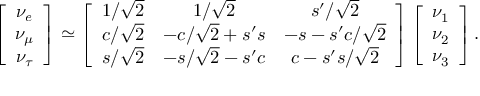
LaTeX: \left[ \begin{array} { c } { { \nu _ { e } } } \\ { { \nu _ { \mu } } } \\ { { \nu _ { \tau } } } \end{array} \right] \simeq \left[ \begin{array} { c c c } { { 1 / \sqrt 2 } } & { { 1 / \sqrt 2 } } & { { s ^ { \prime } / \sqrt 2 } } \\ { { c / \sqrt 2 } } & { { - c / \sqrt 2 + s ^ { \prime } s } } & { { - s - s ^ { \prime } c / \sqrt 2 } } \\ { { s / \sqrt 2 } } & { { - s / \sqrt 2 - s ^ { \prime } c } } & { { c - s ^ { \prime } s / \sqrt 2 } } \end{array} \right] \left[ \begin{array} { c } { { \nu _ { 1 } } } \\ { { \nu _ { 2 } } } \\ { { \nu _ { 3 } } } \end{array} \right] .